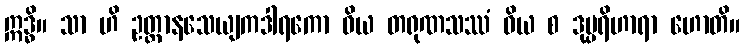
ဣဒ္ဓိ။ သာ ဟိ ဥတ္တာနသေယျကဒါရကော ဝိယ တရုဏသဿံ ဝိယ စ ဒုပ္ပရိဟာရာ ဟောတိ။